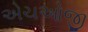
એચઓજી